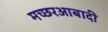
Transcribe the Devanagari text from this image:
मच्छरआबादी